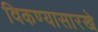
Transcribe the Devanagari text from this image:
विकण्यासारखे